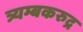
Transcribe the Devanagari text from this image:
त्र्यम्बकरुद्र